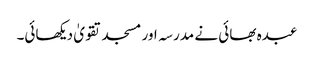
عبدہ بھائی نے مدرسہ اور مسجد تقویٰ دیکھائی۔